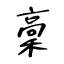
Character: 稾